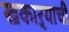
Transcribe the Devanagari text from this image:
खकाऱ्याची